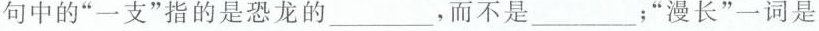
句中的”一支”指的是恐龙的____，而不是___；”漫长”一词是